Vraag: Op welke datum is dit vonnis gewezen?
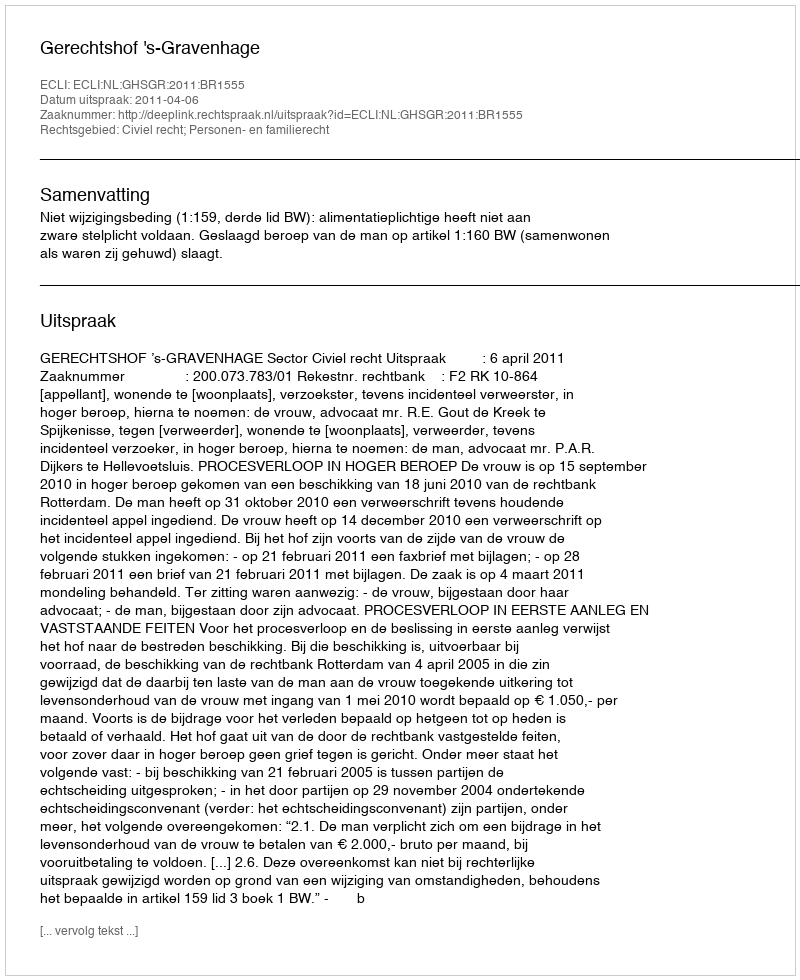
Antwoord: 2011-04-06